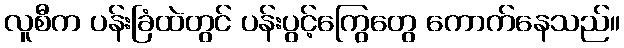
လူစီက ပန်းခြံထဲတွင် ပန်းပွင့်ကြွေတွေ ကောက်နေသည်။